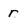
Character: r